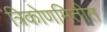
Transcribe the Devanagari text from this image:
त्रिकोणमितीत